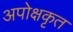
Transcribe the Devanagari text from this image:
अपोक्षकृत